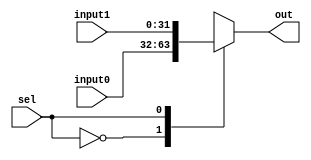
module mux
#(
	parameter data_width = 32
)
(
output[data_width-1:0]  out,
input         sel,
input[data_width-1:0]   input0, input1
);

  wire[data_width-1:0] mux[1:0];			// Create a 2D array of wires
  assign mux[0]  = input0;		// Connect the sources of the array
  assign mux[1]  = input1;
  assign out = mux[sel];	// Connect the output of the array
endmodule